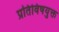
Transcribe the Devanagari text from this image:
प्रतिविषयुक्त